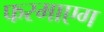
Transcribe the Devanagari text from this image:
फरमाएग